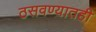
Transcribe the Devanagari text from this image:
ठसवण्यातही